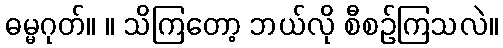
ဓမ္မဂုတ်။ ။ သိကြတော့ ဘယ်လို စီစဉ်ကြသလဲ။